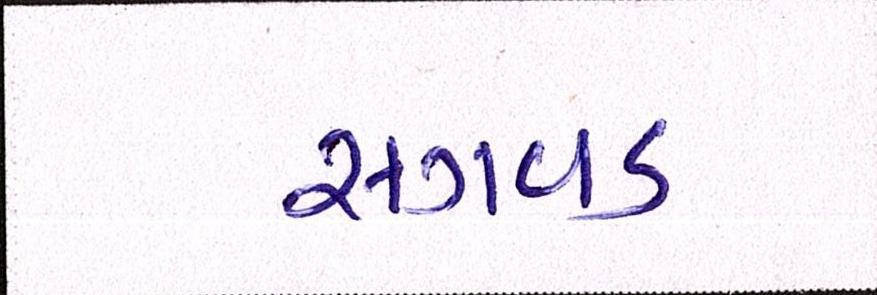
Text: સગવડ